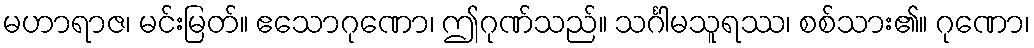
မဟာရာဇ၊ မင်းမြတ်။ ဧသောဂုဏော၊ ဤဂုဏ်သည်။ သင်္ဂါမသူရဿ၊ စစ်သား၏။ ဂုဏော၊